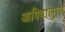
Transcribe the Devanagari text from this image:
आविषालुता